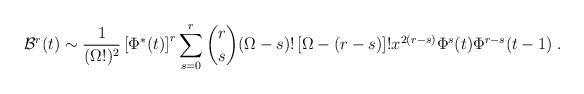
LaTeX: \begin{align*}{\cal B}^r(t)\sim \frac{1}{(\Omega!)^2} \left[\Phi^*(t)\right]^r\sum_{s=0}^r {r\choose s}(\Omega-s)! \left[\Omega-(r-s)\right]! x^{2(r-s)} \Phi^s(t) \Phi^{r-s}(t-1) \;.\end{align*}